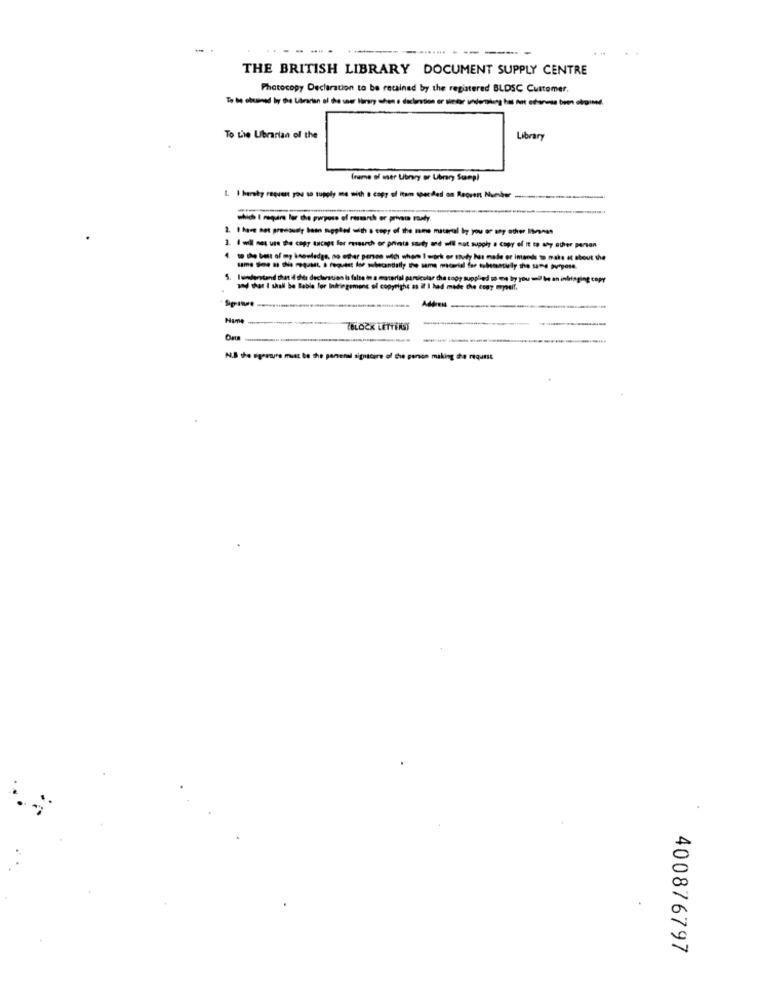
------- -----
THE BRITISH LIBRARY DOCUMENT SUPPLY CENTRE
Photocopy Declaration to be retained by the registered BLDSC Customer,
To the Librarian of the
Library
frame of aser Ubrary or Ubrany Sumpl
1. I hereby request you so zupoly me with a copy of itam spacdedi on Reoven Number .....
-
5. Iunderstand that id this declaration la false in a material particular cha topy supplied so we by you und be an inbringing copy
" that I shall be Bable for Infringement of copyright as 2 I had made the copy myself,
Hame
N.B the sigeresure must be the general signature of the person making the request
400876797